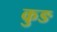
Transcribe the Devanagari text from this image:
कुङ